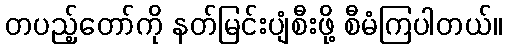
တပည့်တော်ကို နတ်မြင်းပျံစီးဖို့ စီမံကြပါတယ်။